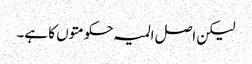
لیکن اصل المیہ حکومتوں کا ہے۔